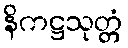
နိကဋ္ဌသုတ္တံ